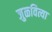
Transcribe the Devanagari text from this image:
जुळवित्या